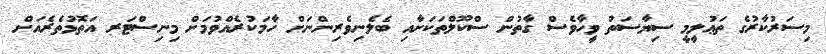
މިސަރުކާރުގެ ތަޢުލީމީ ސިޔާސަތު ވީހާވެސް ގާތުން ސްކޫލްތަކަށާއި ބެލެނިވެރިންނަށް ހާމަކުރެއްވުމަށް މިނިސްޓަރ އަތޮޅުތެރެއަށް